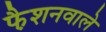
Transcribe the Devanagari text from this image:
फै़शनवाले